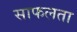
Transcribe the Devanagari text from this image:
साफलता